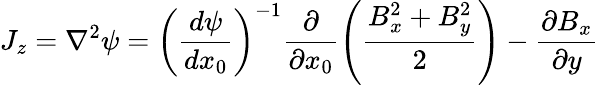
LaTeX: J_{z}=\nabla^{2}\psi=\left(\frac{d\psi}{dx_{0}}\right)^{-1}\frac{\partial}{\partial x_{0}}\left(\frac{B_{x}^{2}+B_{y}^{2}}{2}\right)-\frac{\partial B_{x}}{\partial y}